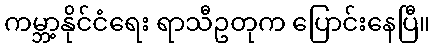
ကမ္ဘာ့နိုင်ငံရေး ရာသီဥတုက ပြောင်းနေပြီ။